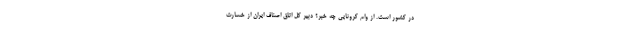
در کشور است. از وام کرونایی چه خبر؟ دبیر کل اتاق اصناف ایران از خسارت